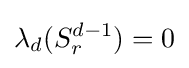
\lambda _{d}(S_{r}^{d-1})=0